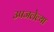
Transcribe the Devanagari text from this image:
उपजलेल्या